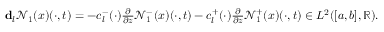
\begin{array} { r } { \mathbf { d } _ { l } \mathcal { N } _ { 1 } ( x ) ( \cdot , t ) = - c _ { l } ^ { - } ( \cdot ) \frac { \partial } { \partial z } \mathcal { N } _ { 1 } ^ { - } ( x ) ( \cdot , t ) - c _ { l } ^ { + } ( \cdot ) \frac { \partial } { \partial z } \mathcal { N } _ { 1 } ^ { + } ( x ) ( \cdot , t ) \in L ^ { 2 } ( [ a , b ] , \mathbb { R } ) . } \end{array}